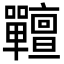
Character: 𡆎